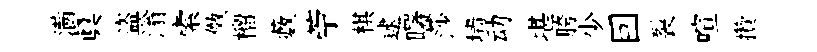
满真盗滃索傚榴藪苧棋逮曙莎墙动堪胯少囙裂喧攢